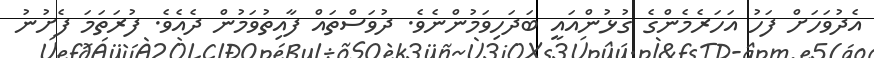
އެދުވަހަށް ފަހު އަހަރެމެންގެ ގުޅުންއައީ ބަދަހިވަމުންނެވެ. ދުވަސްތައް ފާއިތުވަމުން ދެއެވެ. ފުރަތަމަ ފެށުނު